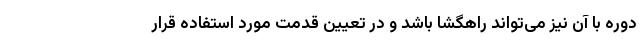
دوره با آن نیز می‌تواند راهگشا باشد و در تعیین قدمت مورد استفاده قرار